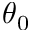
\theta _ { 0 }